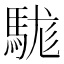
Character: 駹